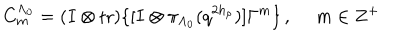
C _ { m } ^ { \Lambda _ { 0 } } = ( I \otimes \mathrm { t r } ) \{ [ I \otimes \pi _ { \Lambda _ { 0 } } ( q ^ { 2 h _ { \rho } } ) ] \Gamma ^ { m } \} \, , ~ ~ m \in { \bf Z } ^ { + }